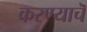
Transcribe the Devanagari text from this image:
करण्याचॆ